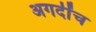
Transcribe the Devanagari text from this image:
अगदींच